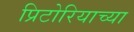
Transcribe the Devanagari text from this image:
प्रिटोरियाच्या